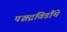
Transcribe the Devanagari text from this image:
पञ्चद्रविडौंमे